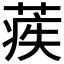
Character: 𦶱